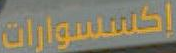
إكسسوارات